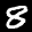
Label: 8